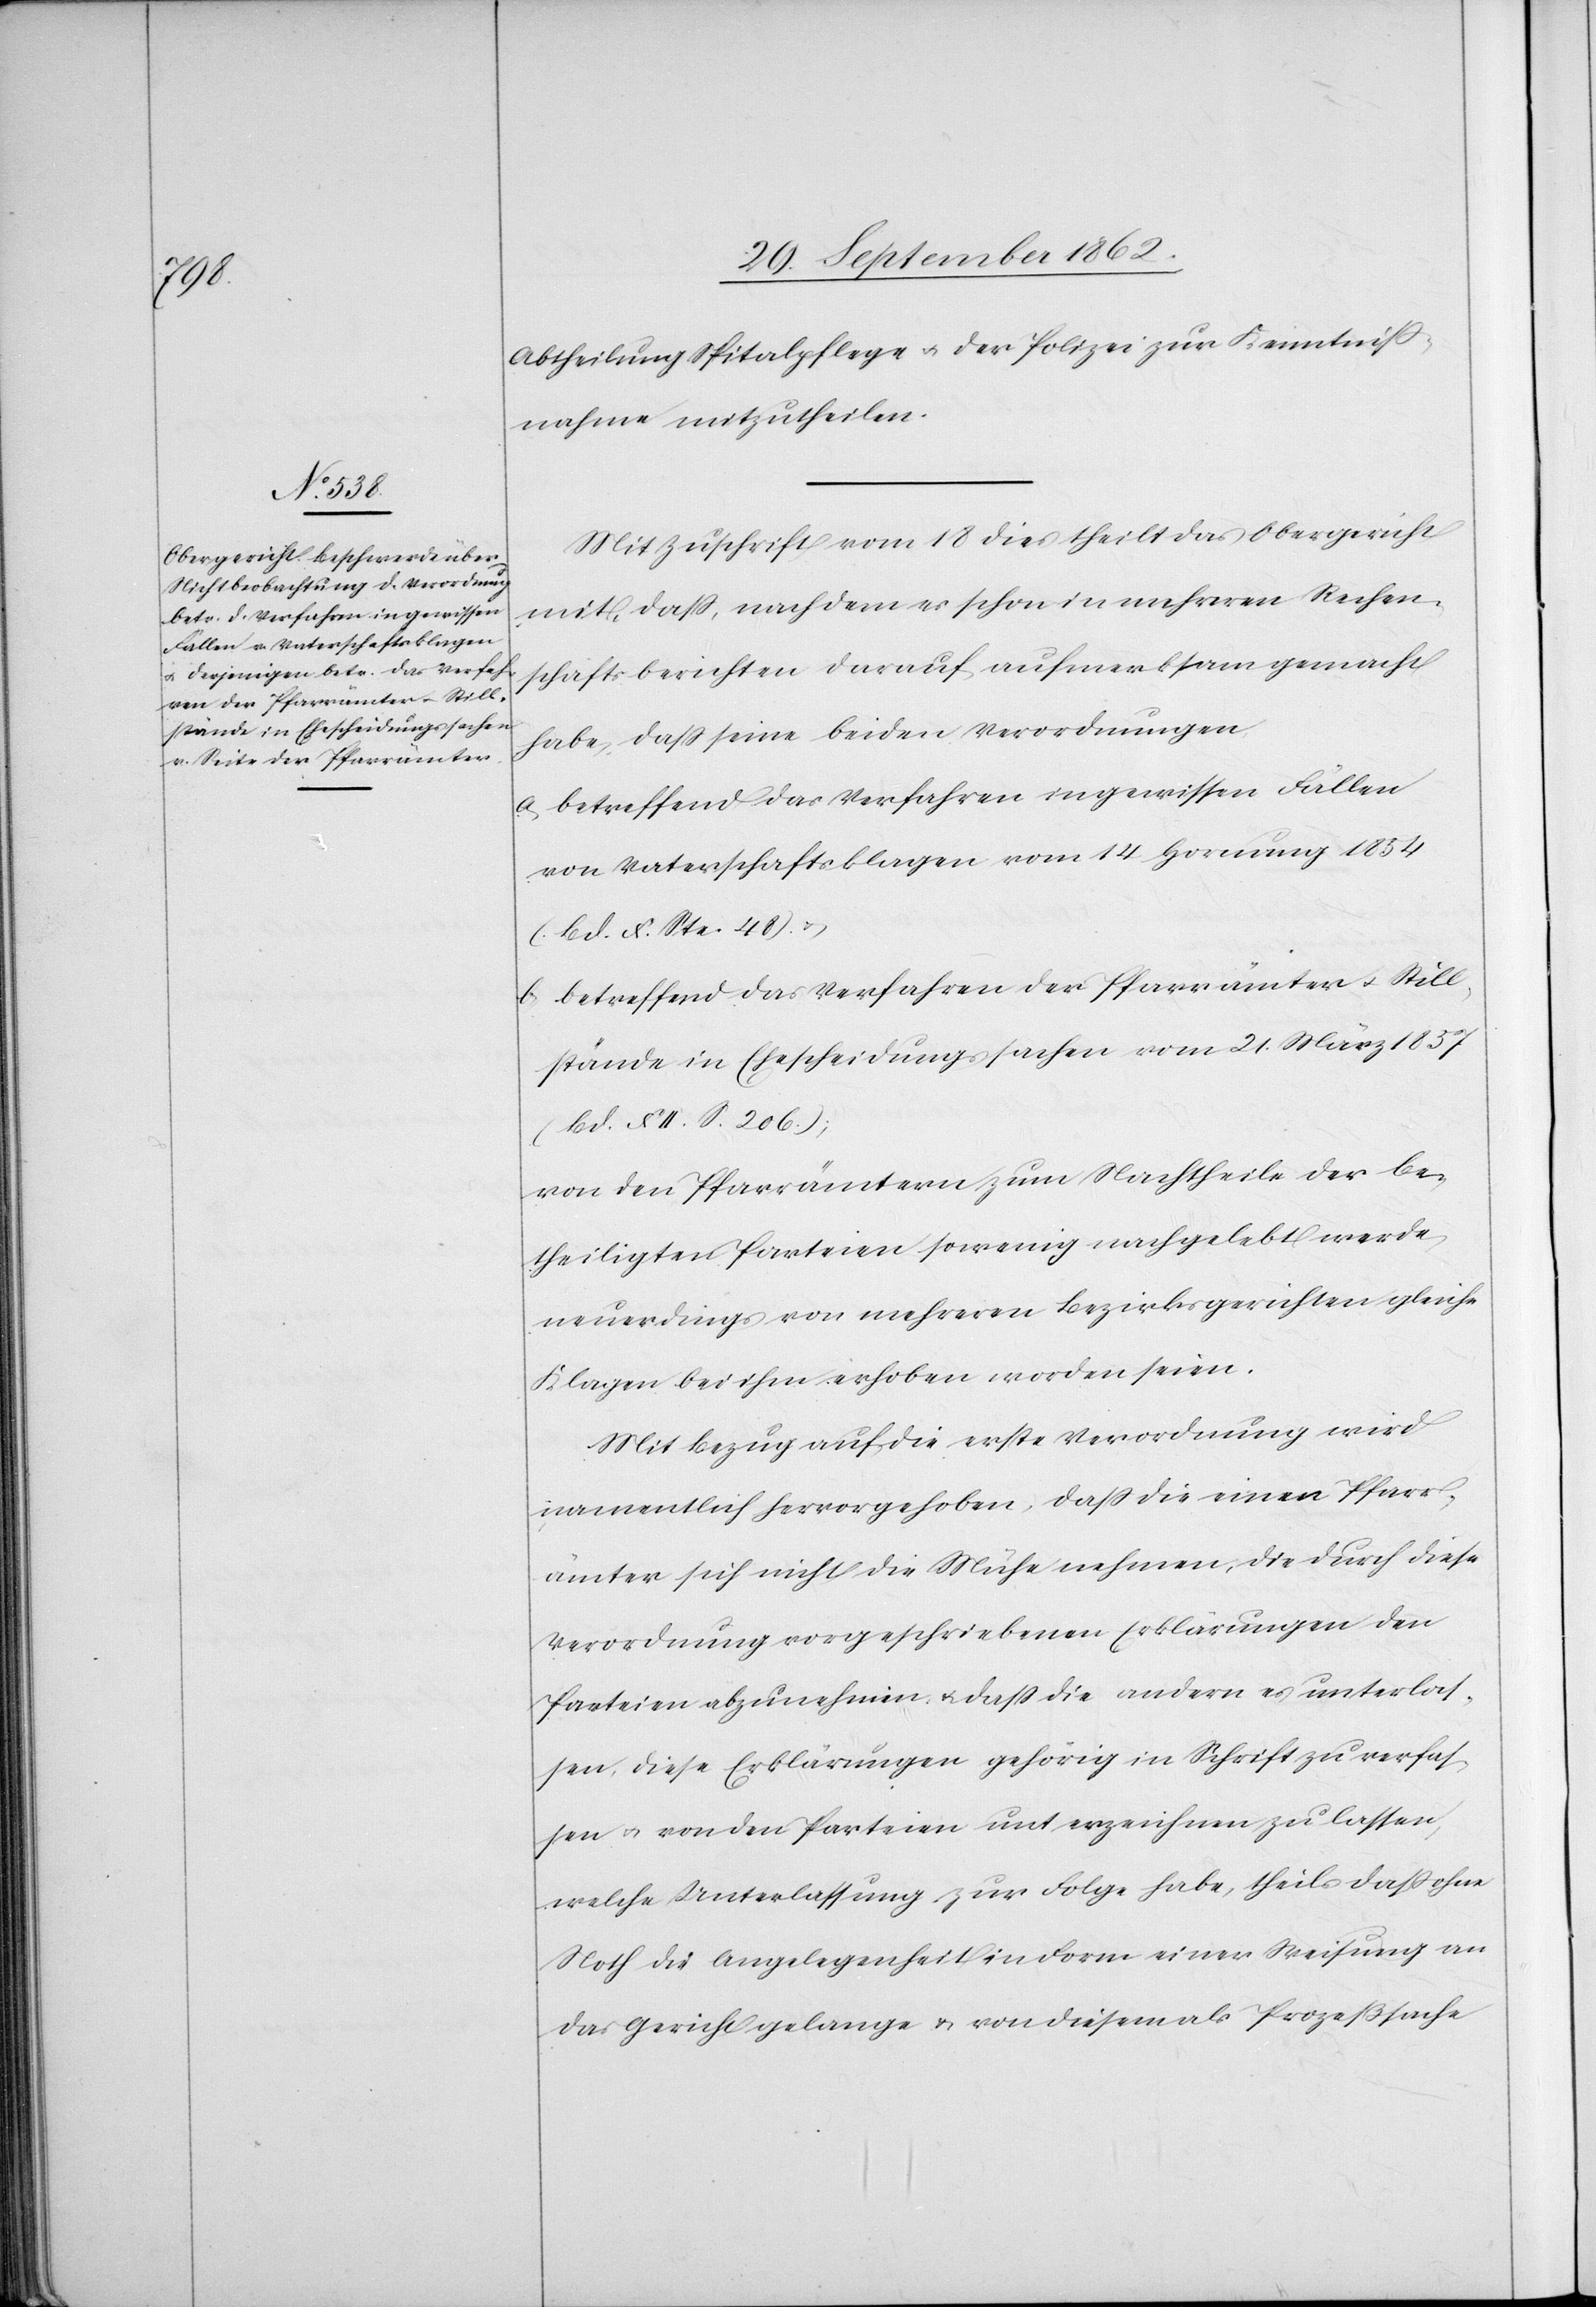
Abtheilung Spitalpflege u. der Polizei zur Kenntniß¬
nahme mitzutheilen.
Mit Zuschrift vom 18. dies theilt das Obergericht
mit, daß, nachdem es schon in mehreren Rechen¬
schaftsberichten darauf aufmerksam gemacht
habe, daß seine beiden Verordnungen,
a. betreffend das Verfahren in gewissen Fällen
von Vaterschaftsklagen vom 14. Hornung 1854
(Bd. X. Ste. 48) u.
b. betreffend das Verfahren der Pfarrämter u. Still¬
stände in Ehescheidungssachen vom 21. März 1857
(Bd. XII S. 206);
von den Pfarrämtern zum Nachtheile der be¬
theiligten Parteien so wenig nachgelebt werde
neuerdings von mehreren Bezirksgerichten gleiche
Klagen bei ihm erhoben worden seien.
Mit Bezug auf die erste Verordnung wird
namentlich hervorgehoben, daß die einen Pfarr¬
ämter sich nicht die Mühe nehmen, die durch diese
Verordnung vorgeschriebenen Erklärungen den
Parteien abzunehmen u. daß die andern es unterlas¬
sen, diese Erklärungen gehörig in Schrift zu verfas¬
sen u. von den Parteien unterzeichnen zu lassen,
welche Unterlassung zur Folge habe, theils daß ohne
Noth die Angelegenheit in Form einer Weisung an
das Gericht gelange u. von diesem als Prozeßsache